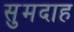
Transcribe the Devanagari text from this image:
सुमदाह